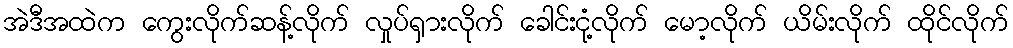
အဲဒီအထဲက ကွေးလိုက်ဆန့်လိုက် လှုပ်ရှားလိုက် ခေါင်းငုံ့လိုက် မော့လိုက် ယိမ်းလိုက် ထိုင်လိုက်